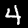
Label: 4